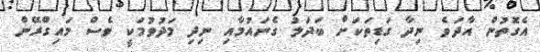
އެގޮތުން އާދަވެ ނިދާ ގަޑިތަކަށް ބަދަލު ގެނައުމާއި ނިދި މަދުވުމަކީ ވެސް މައިގްރޭން